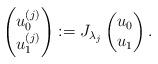
LaTeX: \begin{align*} \begin{pmatrix} u_0^{(j)}\\ u_1^{(j)} \end{pmatrix} := J_{\lambda_j} \begin{pmatrix} u_0\\ u_1 \end{pmatrix}.\end{align*}